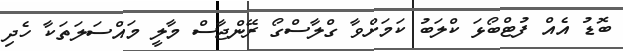
ބޮޑު އެއް ފުޓްބޯޅަ ކްލަބު ކަމަށްވާ ގްލާސްގޯ ރޭންޖާސް މާލީ މައްސަލަތަކާ ހެދި